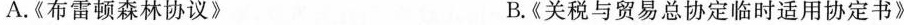
A.《布雷顿森林协议》 B.《关税与贸易总协定临时适用协定书》